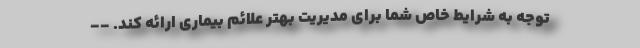
توجه به شرایط خاص شما برای مدیریت بهتر علائم بیماری ارائه کند. --